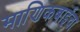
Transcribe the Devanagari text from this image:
माणिकबाईंचा